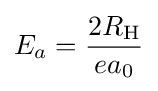
E_{a}={\frac {2R_{\text{H}}}{ea_{0}}}